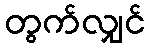
တွက်လျှင်